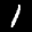
Label: 1